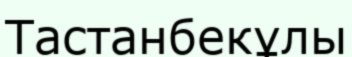
Тастанбекұлы